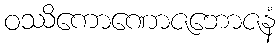
ဝဿိကောဏောဇဘောဇနံ